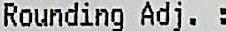
ROUNDING ADJ.: